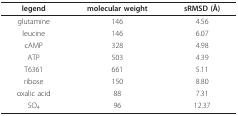
| legend | molecular weight | sRMSD (Å) |
 | --- | --- | --- |
 | glutamine | 146 | 4.56 |
 | leucine | 146 | 6.07 |
 | cAMP | 328 | 4.98 |
 | ATP | 503 | 4.39 |
 | T6361 | 661 | 5.11 |
 | ribose | 150 | 8.80 |
 | oxalic acid | 88 | 7.31 |
 | SO4 | 96 | 12.37 |